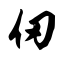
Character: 仞